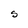
Character: S